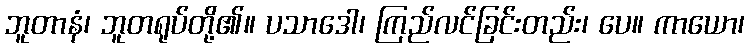
ဘူတာနံ၊ ဘူတရုပ်တို့၏။ ပသာဒေါ၊ ကြည်လင်ခြင်းတည်း၊ ပေ။ ကာယော၊